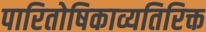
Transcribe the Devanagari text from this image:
पारितोषिकाव्यतिरिक्त